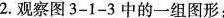
2.观察图3-1-3中的一组图形：